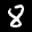
Label: 8